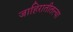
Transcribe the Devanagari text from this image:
जाहिरातीतल्या